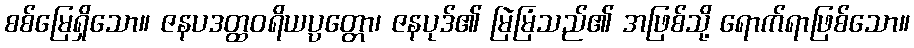
စစ်မြေရှိသော။ ဇနပဒတ္ထဝရိယပ္ပတ္တော၊ ဇနပုဒ်၏ မြဲမြံသည်၏ အဖြစ်သို့ ရောက်ရာဖြစ်သော။